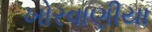
ખોરવાણીયા